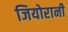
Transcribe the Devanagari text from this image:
जियोरानी